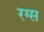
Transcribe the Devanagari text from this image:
रग्स